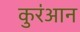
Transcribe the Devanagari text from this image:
कुर॑आन